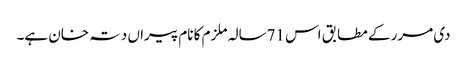
دی مرر کے مطابق اس 71سالہ ملزم کا نام پیراں دتہ خان ہے۔